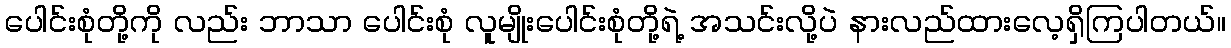
ပေါင်းစုံတို့ကို လည်း ဘာသာ ပေါင်းစုံ လူမျိုးပေါင်းစုံတို့ရဲ့ အသင်းလို့ပဲ နားလည်ထားလေ့ရှိကြပါတယ်။